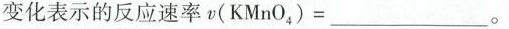
变化表示的反应速率$$v ( KMnO _ { 4 } ) = ____$$。